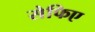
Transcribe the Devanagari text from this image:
सेफिए